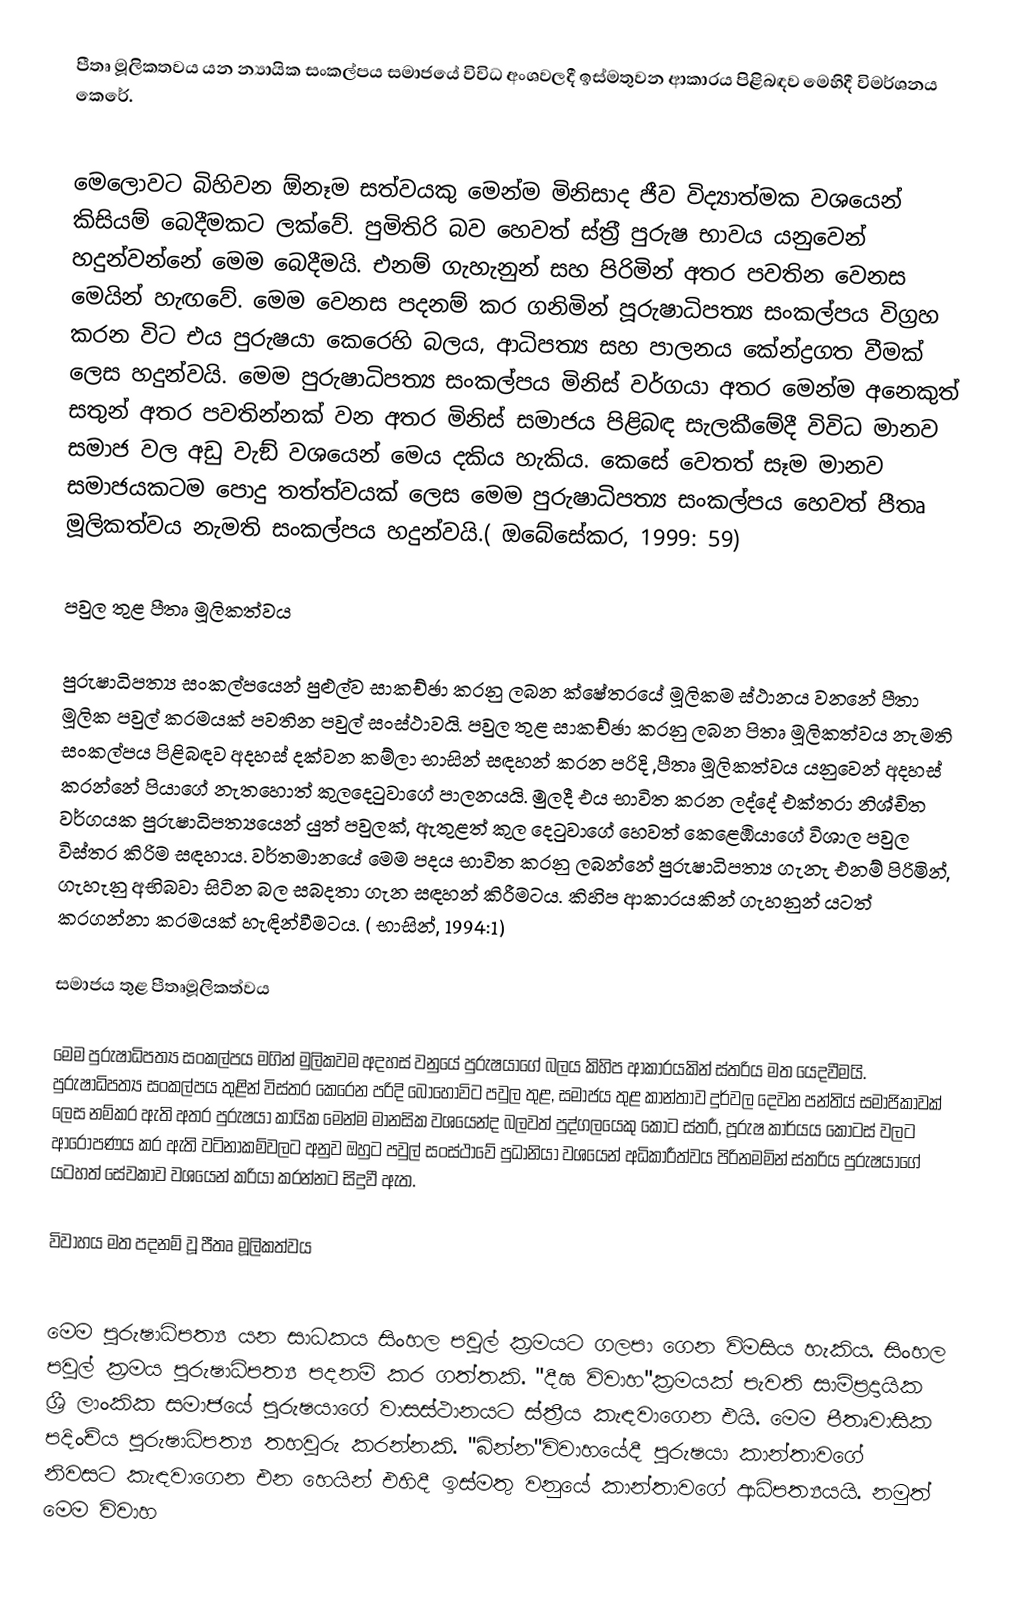
පීතෘ මූලිකතවය  යන න්‍යායික සංකල්පය සමාජයේ විවිධ අංශවලදී ඉස්මතුවන ආකාරය පිළිබඳව මෙහිදී විමර්ශනය කෙරේ.

මෙලොවට බිහිවන  ඕනෑම සත්වයකු මෙන්ම මිනිසාද ජීව  විද්‍යාත්මක වශයෙන් කිසියම් බෙදීමකට  ලක්වේ. පුමිතිරි බව හෙවත් ස්ත‍්‍රී පුරුෂ භාවය යනුවෙන් හදුන්වන්නේ මෙම බෙදීමයි. එනම් ගැහැනුන් සහ පිරිමින් අතර පවතින වෙනස මෙයින් හැඟවේ. මෙම වෙනස පදනම් කර ගනිමින්  පූරුෂාධිපත්‍ය  සංකල්පය විග‍්‍රහ කරන විට එය පුරුෂයා කෙරෙහි බලය, ආධිපත්‍ය සහ පාලනය කේන්ද්‍රගත වීමක් ලෙස හදුන්වයි. මෙම පුරුෂාධිපත්‍ය සංකල්පය මිනිස් වර්ගයා අතර මෙන්ම අනෙකුත් සතුන් අතර පවතින්නක් වන අතර මිනිස් සමාජය පිළිබඳ සැලකීමේදී  විවිධ මානව සමාජ වල අඩු වැඞ් වශයෙන් මෙය දකිය හැකිය. කෙසේ වෙතත් සෑම මානව සමාජයකටම පොදු තත්ත්වයක් ලෙස මෙම පුරුෂාධිපත්‍ය සංකල්පය හෙවත් පීතෘ මූලිකත්වය නැමති සංකල්පය හදුන්වයි.( ඔබේසේකර, 1999: 59)

පවුල තුළ පීතෘ මූලිකත්වය

පුරුෂාධිපත්‍ය සංකල්පයෙන් පුළුල්ව සාකච්ඡා කරනු ලබන ක්ෂේත‍්‍රයේ මූලිකම ස්ථානය වනනේ පීතා මූලික පවුල් ක‍්‍රමයක් පවතින පවුල් සංස්ථාවයි. පවුල තුළ සාකච්ඡා කරනු ලබන පිතෘ මූලිකත්වය නැමති සංකල්පය පිළිබඳව අදහස් දක්වන කම්ලා භාසින් සඳහන් කරන පරිදි ,පීතෘ මූලිකත්වය යනුවෙන් අදහස් කරන්නේ පියාගේ නැතහොත් කුලදෙටුවාගේ පාලනයයි.  මුලදී එය භාවිත කරන  ලද්දේ එක්තරා නිශ්චිත වර්ගයක පුරුෂාධිපත්‍යයෙන් යුත් පවුලක්, ඇතුළත් කුල දෙටුවාගේ හෙවත් කෙළෙඹියාගේ  විශාල පවුල විස්තර කිරිම සඳහාය. වර්තමානයේ මෙම පදය භාවිත කරනු ලබන්නේ පුරුෂාධිපත්‍ය ගැනැ එනම් පිරිමින්, ගැහැනු අභිබවා සිටින බල සබදතා ගැන සඳහන් කිරීමටය. කිහිප ආකාරයකින්  ගැහනුන් යටත් කරගන්නා ක‍්‍රමයක් හැඳින්වීමටය. ( භාසින්, 1994:1)

සමාජය තුළ පීතෘමූලිකත්වය

මෙම පුරුෂාධිපත්‍ය සංකල්පය මගින් මුලිකවම අදහස් වනුයේ පුරුෂයාගේ බලය කිහිප ආකාරයකින් ස්ත‍්‍රිය මත යෙදවීමයි. පුරුෂාධිපත්‍ය සංකල්පය තුළින් විස්තර කෙරෙන පරිදි බොහෝවිට පවුල තුළ, සමාජය තුළ කාන්තාව දුර්වල දෙවන පන්තිය් සමාජිකාවක් ලෙස නම්කර ඇති අතර පුරුෂයා කායික මෙන්ම මානසික වශයෙන්ද බලවත් පුද්ගලයෙකු කොට ස්ත‍්‍රී, පූරුෂ කාර්යය කොටස් වලට ආරෝපණය කර ඇති වටිනාකම්වලට අනුව ඔහුට පවුල් සංස්ථාවේ පුධානියා  වශයෙන් අධිකාරීත්වය පිරිනමමින් ස්ත‍්‍රිය පුරුෂයාගේ යටහත් සේවකාව වශයෙන් ක‍්‍රියා කරන්නට සිදුවී ඇත.

විවාහය මත පදනම් වූ පීතෘ මූලිකත්වය

මෙම පුරුෂාධිපත්‍ය යන සාධකය සිංහල පවුල් ක‍්‍රමයට ගලපා ගෙන විමසිය හැකිය. සිංහල පවුල් ක‍්‍රමය පුරුෂාධිපත්‍ය  පදනම් කර ගත්තකි. "දීඝ විවාහ"ක‍්‍රමයක් පැවති සාම්ප‍්‍රදායික ශ‍්‍රී ලාංකික සමාජයේ පුරුෂයාගේ වාසස්ථානයට ස්ත‍්‍රීය කැඳවාගෙන එයි. මෙම පීතෘවාසික පදිංච්ය පුරුෂාධිපත්‍ය තහවුරු කරන්නකි. "බින්න"විවාහයේදී පුරුෂයා කාන්තාවගේ  නිවසට කැඳවාගෙන එන හෙයින් එහිදී ඉස්මතු වනුයේ කාන්තාවගේ ආධිපත්‍යයයි. නමුත් මෙම විවාහ